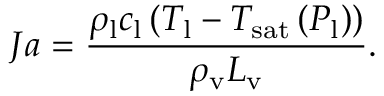
J a = \frac { \rho _ { \mathrm { l } } c _ { \mathrm { l } } \left( T _ { \mathrm { l } } - T _ { \mathrm { s a t } } \left( P _ { \mathrm { l } } \right) \right) } { \rho _ { \mathrm { v } } L _ { \mathrm { v } } } .